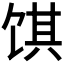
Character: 𬲽